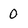
Character: 0